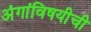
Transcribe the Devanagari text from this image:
अंगांविषयीची